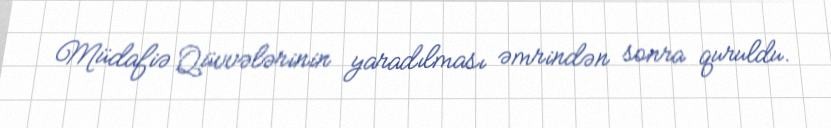
Müdafiə Qüvvələrinin yaradılması əmrindən sonra quruldu.